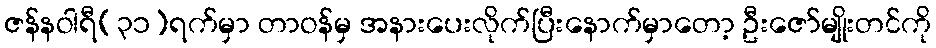
ဇန်နဝါရီ(၃၁)ရက်မှာ တာဝန်မှ အနားပေးလိုက်ပြီးနောက်မှာတော့ ဦးဇော်မျိုးတင်ကို